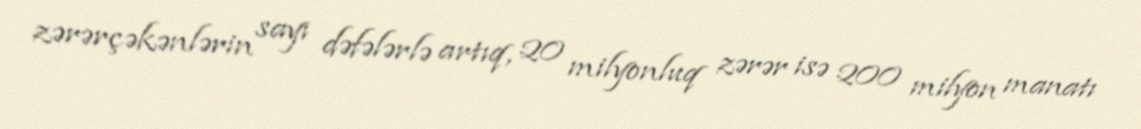
zərərçəkənlərin sayı dəfələrlə artıq, 20 milyonluq zərər isə 200 milyon manatı